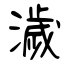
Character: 濊